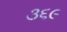
૩૬૯